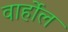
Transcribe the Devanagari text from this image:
वार्होल